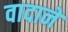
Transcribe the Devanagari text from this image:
वादाने